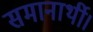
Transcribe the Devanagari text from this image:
समानार्थी।